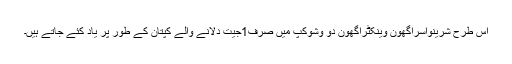
اس طرح شرینواسراگھون وینکٹراگھون دو وشوکپ میں صرف1جیت دلانے والے کپتان کے طور پر یاد کئے جاتے ہیں۔